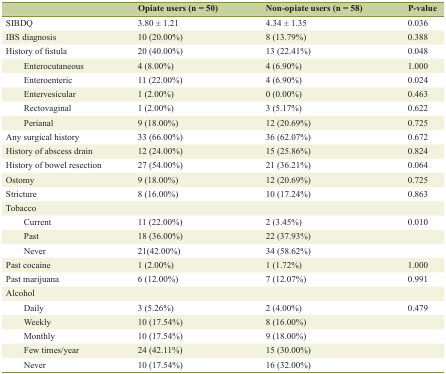
|  | Opiate users (n = 50) | Non-opiate users (n = 58) | P-value |
 | --- | --- | --- | --- |
 | SIBDQ | 3.80 ± 1.21 | 4.34 ± 1.35 | 0.036 |
 | IBS diagnosis | 10 (20.00%) | 8 (13.79%) | 0.388 |
 | History of fistula | 20 (40.00%) | 13 (22.41%) | 0.048 |
 | Enterocutaneous | 4 (8.00%) | 4 (6.90%) | 1.000 |
 | Enteroenteric | 11 (22.00%) | 4 (6.90%) | 0.024 |
 | Entervesicular | 1 (2.00%) | 0 (0.00%) | 0.463 |
 | Rectovaginal | 1 (2.00%) | 3 (5.17%) | 0.622 |
 | Perianal | 9 (18.00%) | 12 (20.69%) | 0.725 |
 | Any surgical history | 33 (66.00%) | 36 (62.07%) | 0.672 |
 | History of abscess drain | 12 (24.00%) | 15 (25.86%) | 0.824 |
 | History of bowel resection | 27 (54.00%) | 21 (36.21%) | 0.064 |
 | Ostomy | 9 (18.00%) | 12 (20.69%) | 0.725 |
 | Stricture | 8 (16.00%) | 10 (17.24%) | 0.863 |
 | Tobacco |  |  |  |
 | Current | 11 (22.00%) | 2 (3.45%) | 0.010 |
 | Past | 18 (36.00%) | 22 (37.93%) |  |
 | Never | 21(42.00%) | 34 (58.62%) |  |
 | Past cocaine | 1 (2.00%) | 1 (1.72%) | 1.000 |
 | Past marijuana | 6 (12.00%) | 7 (12.07%) | 0.991 |
 | Alcohol |  |  |  |
 | Daily | 3 (5.26%) | 2 (4.00%) | 0.479 |
 | Weekly | 10 (17.54%) | 8 (16.00%) |  |
 | Monthly | 10 (17.54%) | 9 (18.00%) |  |
 | Few times/year | 24 (42.11%) | 15 (30.00%) |  |
 | Never | 10 (17.54%) | 16 (32.00%) |  |